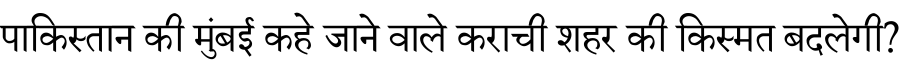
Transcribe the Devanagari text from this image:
पाकिस्तान की मुंबई कहे जाने वाले कराची शहर की किस्मत बदलेगी?